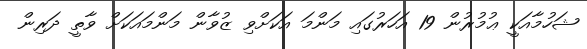
ޝަހުމާއަކީ ޢުމުރުން 19 އަހަރުގައި މަންމަ އަކަށްވި ޒުވާން މަންމައަކަށް ވާތީ ދަރިން